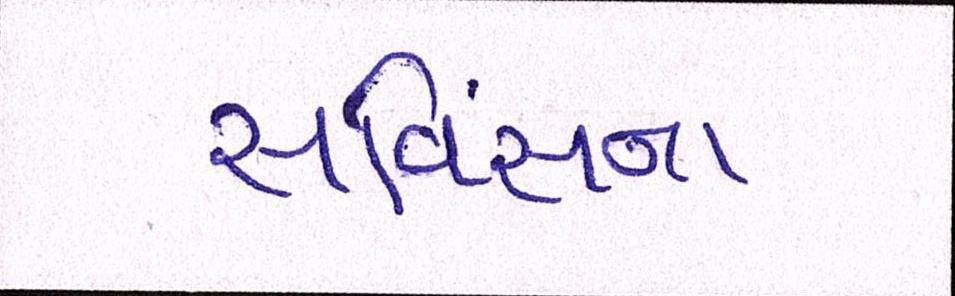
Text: સર્વિસના